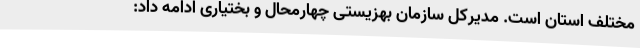
مختلف استان است. مدیرکل سازمان بهزیستی چهارمحال و بختیاری ادامه داد: